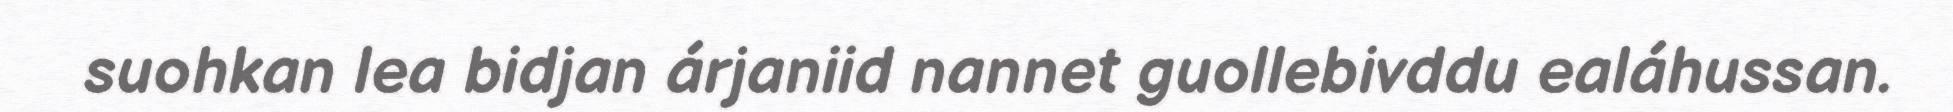
suohkan lea bidjan árjaniid nannet guollebivddu ealáhussan.